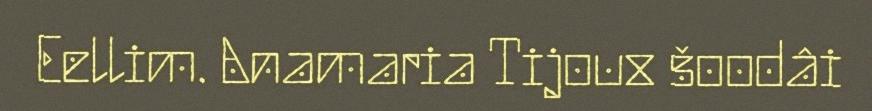
Eellim. Anamaria Tijoux šoodâi